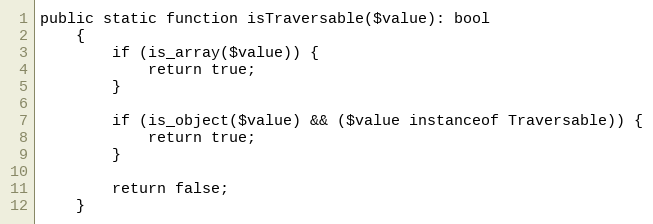
Language: PHP
public static function isTraversable($value): bool
    {
        if (is_array($value)) {
            return true;
        }

        if (is_object($value) && ($value instanceof Traversable)) {
            return true;
        }

        return false;
    }